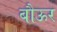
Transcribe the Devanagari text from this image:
बौऊर